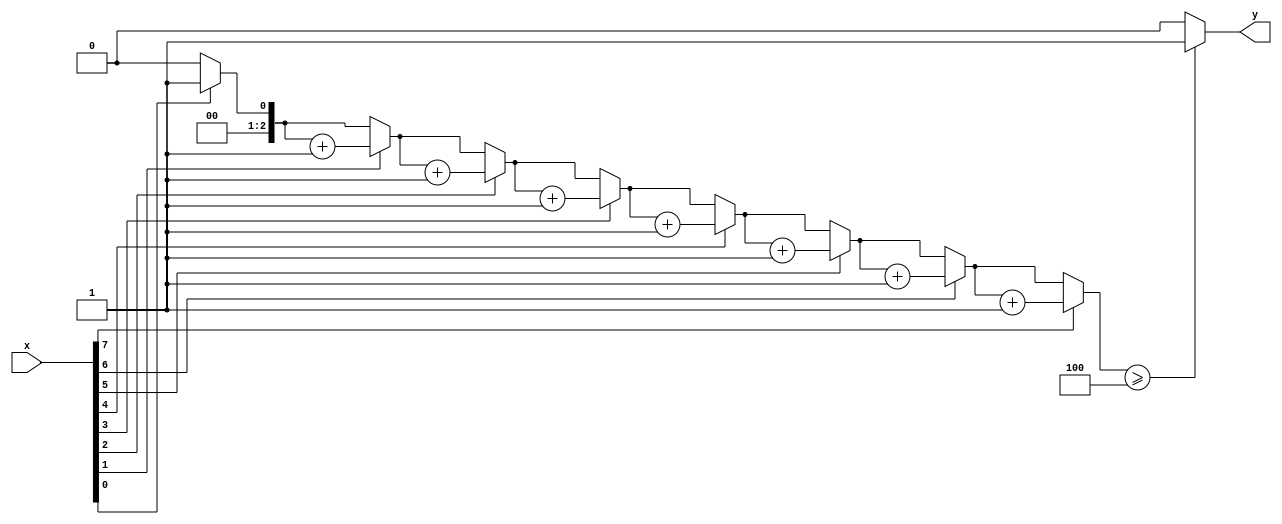

module majority
 #(parameter n=8 )// khai bo h?ng s?, c?u hnh cho m?ch

(
	input [n-1:0] x,  // S? d?ng tham s? n ?? xc ??nh kch th??c c?a x
	output y
);
// Khai bo v s?a ch?a c php cho cnt v thm bi?n ??m i
integer i;
// ki?m tra s? "bit 1" >4
reg [2:0] cnt; // S? d?ng clog2() cho vi?c tnh ton s? bit c?n thi?t ?? bi?u di?n cnt

always @(x)
begin
	cnt = 0; // Kh?i t?o cnt = 0 m?i khi x thay ??i
	

for( i=0; i<n; i=i+1 )
	begin 
	if( x[i] ) cnt=cnt+1; // Ch? t?ng cnt n?u x[i] l 1
	end
	
end
assign y=(cnt>=n/2) ?1'b1:1'b0;
endmodule